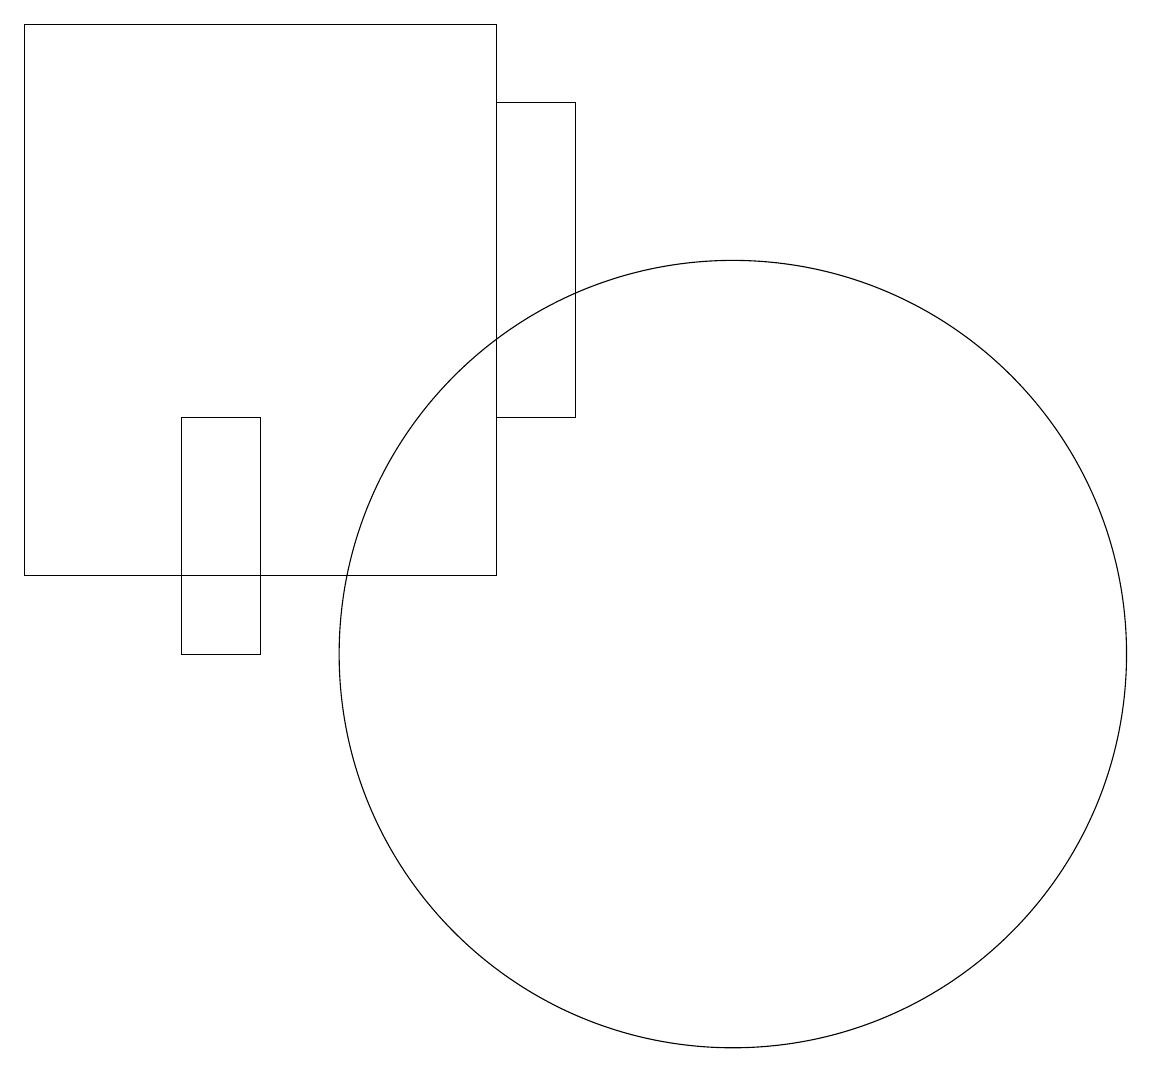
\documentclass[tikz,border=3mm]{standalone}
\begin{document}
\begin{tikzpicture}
\draw (12,12) circle (0);
\draw (3,14) rectangle (4,11);
\draw (5,18) rectangle (5,18);
\draw (7,19) rectangle (1,12);
\draw (10,11) circle (5);
\draw (7,14) rectangle (8,18);
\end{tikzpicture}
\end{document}